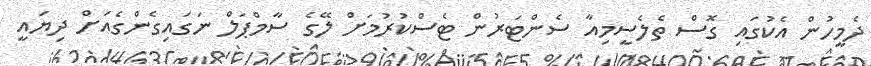
ދެމީހުން އެކުގައި ގޮސް ތެލެސީމިއާ ސެންޓަރުން ޓެސްކުރުމަށް ލޭގެ ސާމްޕަލް ނަގައިގެންގެއަށް ދިޔައީ